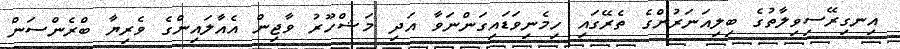
އިނގިރޭސިވިލާތުގެ ބިލިއަނަރުންގެ ތެރޭގައި ހިމެނިވަޑައިގަންނަވާ އަދި މަޝްހޫރު ވާޖިން އެއާލައިންގެ ވެރިޔާ ބްރެންސަން